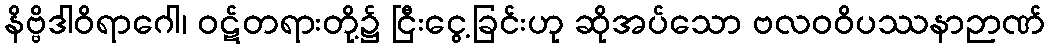
နိဗ္ဗိဒါဝိရာဂေါ၊ ဝဋ်တရားတို့၌ ငြီးငွေ့ခြင်းဟု ဆိုအပ်သော ဗလဝဝိပဿနာဉာဏ်